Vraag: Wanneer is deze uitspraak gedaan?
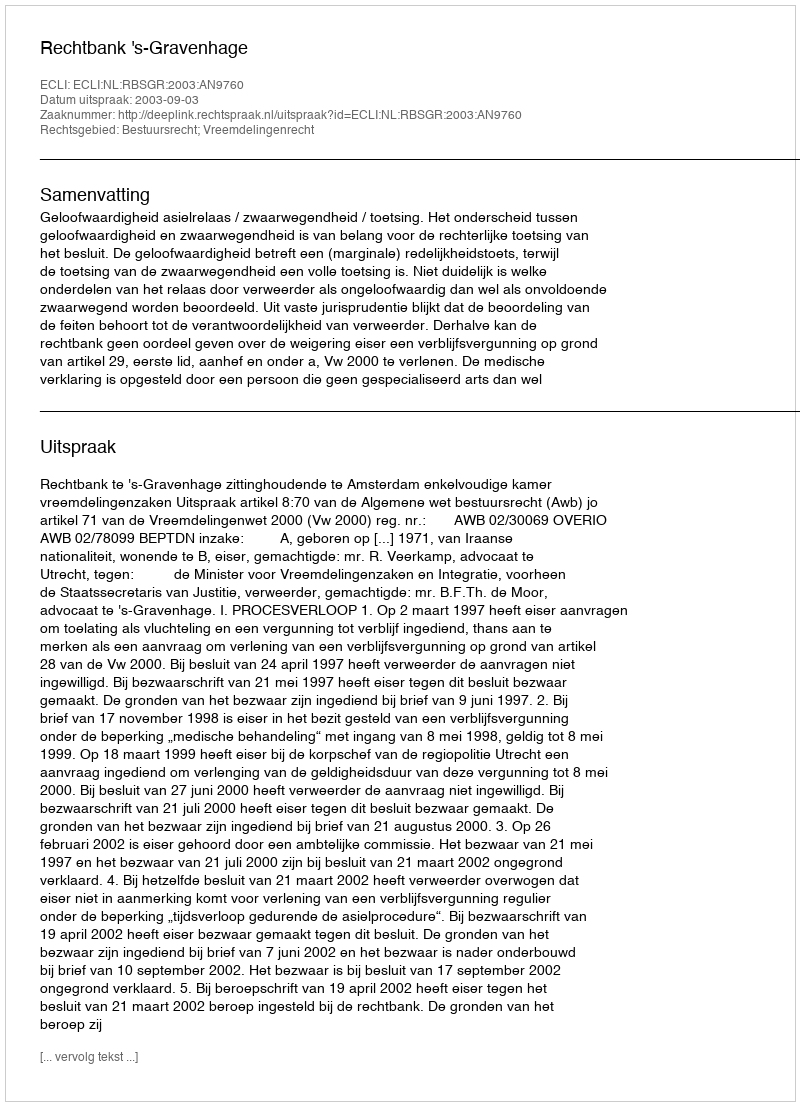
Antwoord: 2003-09-03